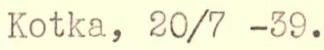
Kotka, 20/7 -39.